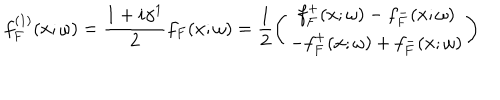
f _ { F } ^ { ( 1 ) } ( x ; \omega ) = \frac { 1 + i \gamma ^ { 1 } } { 2 } f _ { F } ( x ; \omega ) = \frac { 1 } { 2 } \left( \begin{array} { c } { { f _ { F } ^ { + } ( x ; \omega ) - f _ { F } ^ { - } ( x ; \omega ) } } \\ { { - f _ { F } ^ { + } ( x ; \omega ) + f _ { F } ^ { - } ( x ; \omega ) } } \\ \end{array} \right)